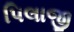
પિલાજી